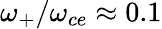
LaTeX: \omega_{+}/\omega_{ce}\approx 0.1